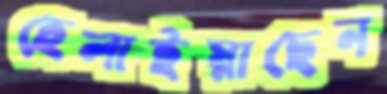
হেলাইয়াছেন